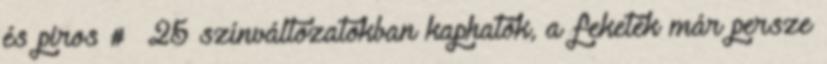
és piros # 25 színváltozatokban kaphatók, a feketék már persze